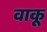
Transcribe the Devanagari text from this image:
वाकू